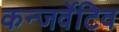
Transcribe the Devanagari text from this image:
कन्जर्वेटिव